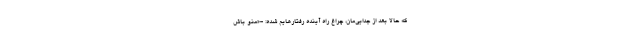
که حالا بعد از جدایی‌مان، چراغِ راه آینده‌ رفتارهایم شده: -«منو باش